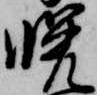
晩